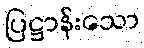
ပြဋ္ဌာန်းသော